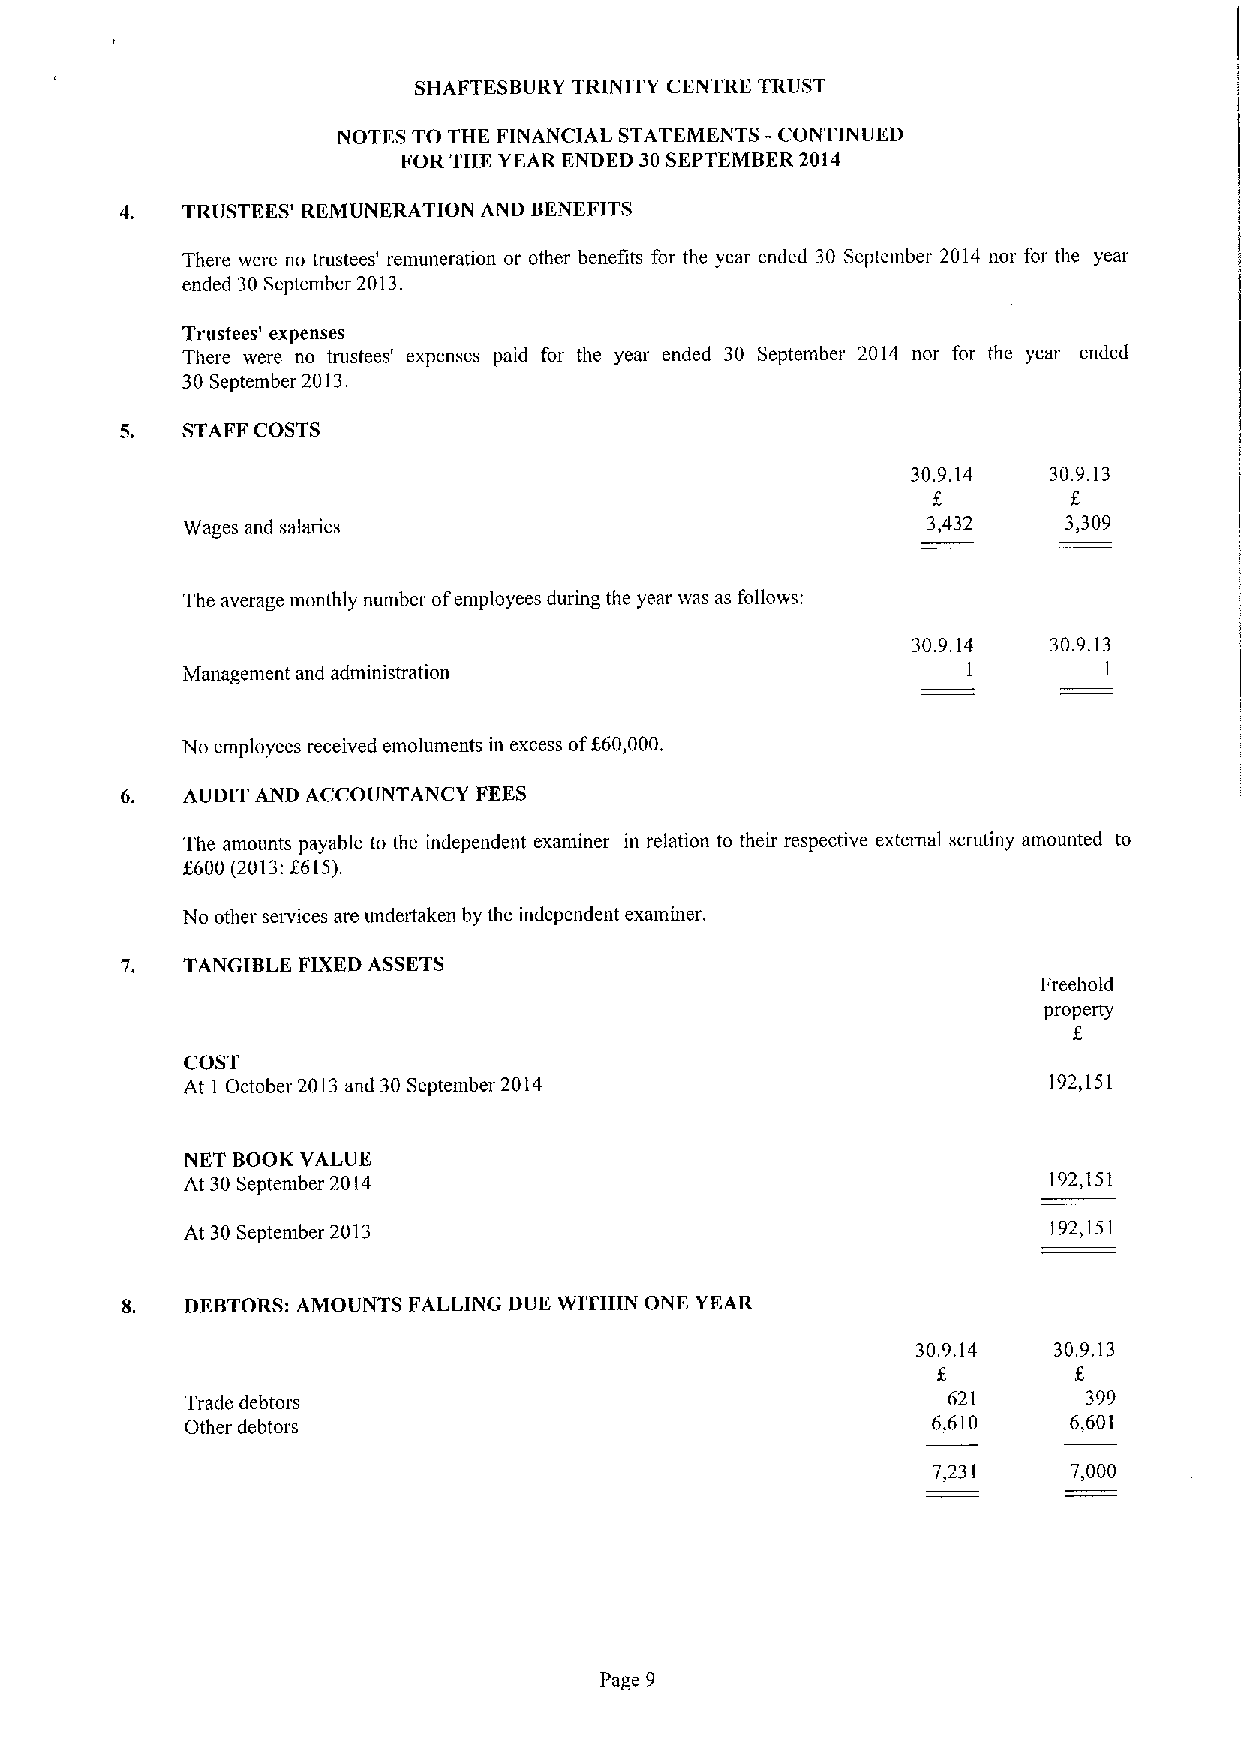
SHAFTESBURY TRINITY CENTRE TRUST
 NOTES TO THE FINANCIAL STATEMENTS -CONTINUED
 FOR THE YEAR ENDED 30SEPTEMBER2014
 4.  TRUSTEES' REMUNERATION AND BENEFITS
 There were no trustees' remuneration or other benefits for the year ended 30 September 2014 nor for the year
 ended 30September 2013.
 Trustees' expenses
 There were no trustees' expenses paid for the year ended 30 September 2014 nor for the year ended
 30September 2013.
 5.  STAFF COSTS
 30.9.14  30.9.13
 Wages and salaries                               3,432     3,309
 The average monthly number ofemployees during the year was as follows:
 30.9.14   30.9.13
 Management and administration                       1        1
 No employees received emoluments in excess off60,000.
 6.  AUDIT AND ACCOUNTANCY FEES
 The amounts payable to the independent examiner in relation to their respective external scrutiny amounted to
 f600 (2013:f615).
 No other services are undertaken by the independent examiner.
 7.  TANGIBLE FIXEDASSETS
 Freehold
 property
 COST
 At 1 October 2013and 30September 2014                    192,151
 NET BOOK VALUE
 At 30Septeniber 2014                                      192,151
 At 30September 2013                                       192,151
 8.  DEBTORS:AMOUNTS FALLING DUE WITHIN ONE YEAR
 30.9,14  30.9.13
 Trade debtors                                      621      399
 Other debtors                                     6,610    6,601
 7,231    7,000
 Page 9